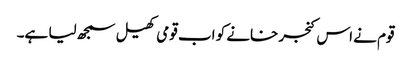
قوم نے اس کنجر خانے کو اب قومی کھیل سمجھ لیا ہے۔